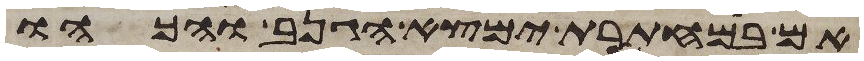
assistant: אם במחתרת ימצא הגנב והכהו